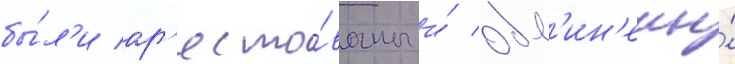
бы́л'и ар'есто́ваны и́ обв'ин'ены́